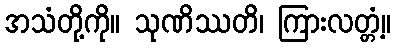
အသံတို့ကို။ သုဏိဿတိ၊ ကြားလတ္တံ့။